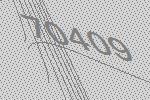
70409